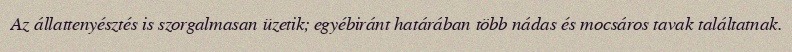
Az állattenyésztés is szorgalmasan üzetik; egyébiránt határában több nádas és mocsáros tavak találtatnak.